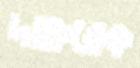
দাক্তরেক